Report of the Indian Hemp Drugs Commission, 1894-1895 - Volume I
Year: 1894
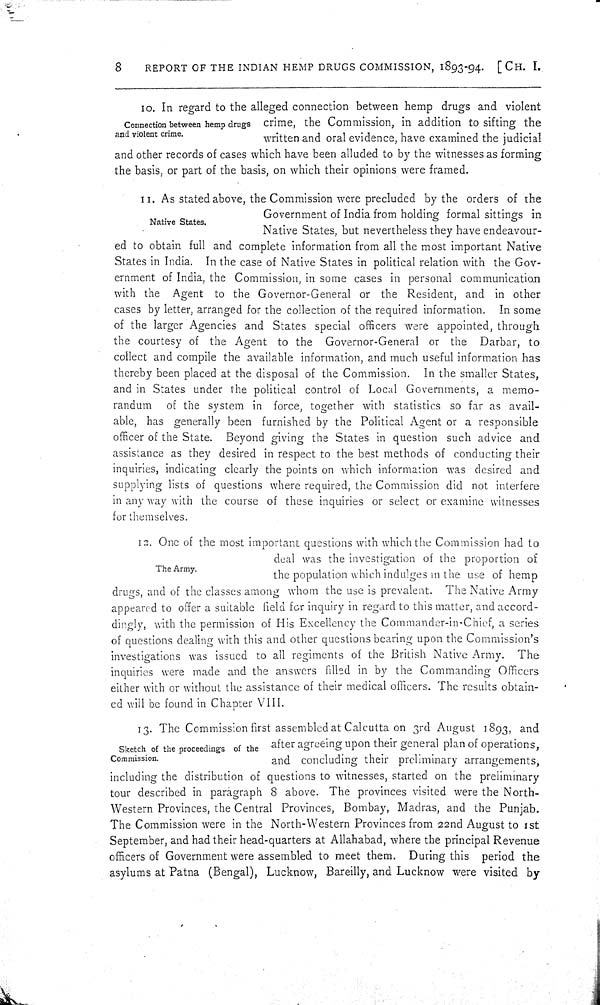
8
REPORT OF THE INDIAN HEMP DRUGS COMMISSION, 1893-94. [CH. I.
Connection between hemp drugs
and violent crime.
10. In regard to the alleged connection between hemp drugs and violent
crime, the Commission, in addition to sifting the
written and oral evidence, have examined the judicial
and other records of cases which have been alluded to by the witnesses as forming
the basis, or part of the basis, on which their opinions were framed.
Native States.
11. As stated above, the Commission were precluded by the orders of the
Government of India from holding formal sittings in
Native States, but nevertheless they have endeavour-
ed to obtain full and complete information from all the most important Native
States in India. In the case of Native States in political relation with the Gov-
ernment of India, the Commission, in some cases in personal communication
with the Agent to the Governor-General or the Resident, and in other
cases by letter, arranged for the collection of the required information. In some
of the larger Agencies and States special officers were appointed, through
the courtesy of the Agent to the Governor-General or the Darbar, to
collect and compile the available information, and much useful information has
thereby been placed at the disposal of the Commission. In the smaller States,
and in States under the political control of Local Governments, a memo-
randum of the system in force, together with statistics so far as avail-
able, has generally been furnished by the Political Agent or a responsible
officer of the State. Beyond giving the States in question such advice and
assistance as they desired in respect to the best methods of conducting their
inquiries, indicating clearly the points on which information was desired and
supplying lists of questions where required, the Commission did not interfere
in any way with the course of these inquiries or select or examine witnesses
for themselves.
The Army.
12. One of the most important questions with which the Commission had to
deal was the investigation of the proportion of
the population which indulges in the use of hemp
drugs, and of the classes among whom the use is prevalent. The Native Army
appeared to offer a suitable field for inquiry in regard to this matter, and accord-
dingly, with the permission of His Excellency the Commander-in-Chief, a series
of questions dealing with this and other questions bearing upon the Commission's
investigations was issued to all regiments of the British Native Army. The
inquiries were made and the answers filled in by the Commanding Officers
either with or without the assistance of their medical officers. The results obtain-
ed will be found in Chapter VIII.
Sketch of the proceedings of the
Commission.
13. The Commission first assembled at Calcutta on 3rd August 1893, and
after agreeing upon their general plan of operations,
and concluding their preliminary arrangements,
including the distribution of questions to witnesses, started on the preliminary
tour described in paragraph 8 above. The provinces visited were the North-
-estern Provinces, the Central Provinces, Bombay, Madras, and the Punjab.
The Commission were in the North-Western Provinces from 22nd August to 1st
September, and had their head-quarters at Allahabad, where the principal Revenue
officers of Government were assembled to meet them. During this period the
asylums at Patna (Bengal), Lucknow, Bareilly, and Lucknow were visited by